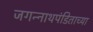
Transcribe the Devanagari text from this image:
जगन्‍नाथपंडिताच्या